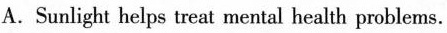
A.Sunlight helps treat mental health problems.